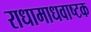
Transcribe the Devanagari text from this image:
राधामाधवाष्टक